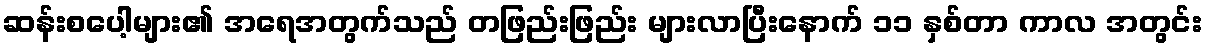
ဆန်းစပေါ့များ၏ အရေအတွက်သည် တဖြည်းဖြည်း များလာပြီးနောက် ၁၁ နှစ်တာ ကာလ အတွင်း